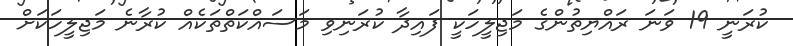
ކުރަނީ 19 ވަނަ ރައްޔިތުންގެ މަޖިލީހަކީ ފައިދާ ކުރަނިވި މަސައްކަތްތަކެއް ކުރާނެ މަޖިލީހަކަށް